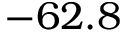
- 6 2 . 8